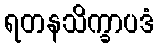
ရတနသိက္ခာပဒံ